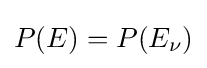
P(E)=P(E_{\nu })